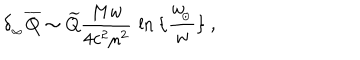
\delta _ { _ \infty } \overline { { Q } } \sim \widetilde Q { \frac { M w } { 4 c ^ { 2 } \mu ^ { 2 } } } \, \ln \big \{ { \frac { w _ { \! _ { \odot } } } { w } } \} \ ,